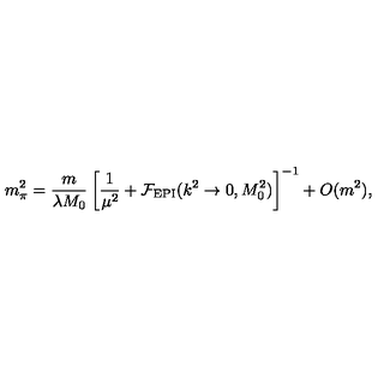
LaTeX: m _ { \pi } ^ { 2 } = \frac { m } { \lambda M _ { 0 } } \left[ \frac { 1 } { \mu ^ { 2 } } + { \cal F } _ { \mathrm { E P I } } ( k ^ { 2 } \rightarrow 0 , M _ { 0 } ^ { 2 } ) \right] ^ { - 1 } + O ( m ^ { 2 } ) ,